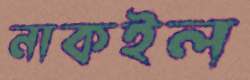
নাকইল